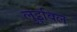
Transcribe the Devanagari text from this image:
लुइविल